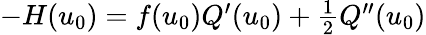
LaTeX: \begin{array}{r}{-H(u_{0})=f(u_{0})Q^{\prime}(u_{0})+\frac{1}{2}Q^{\prime\prime}(u_{0})}\end{array}